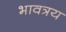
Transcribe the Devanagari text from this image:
भावत्रय